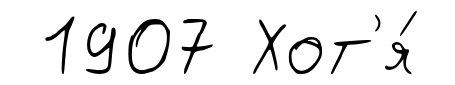
1907 Хот'я́